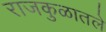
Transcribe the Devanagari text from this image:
राजकुळातले